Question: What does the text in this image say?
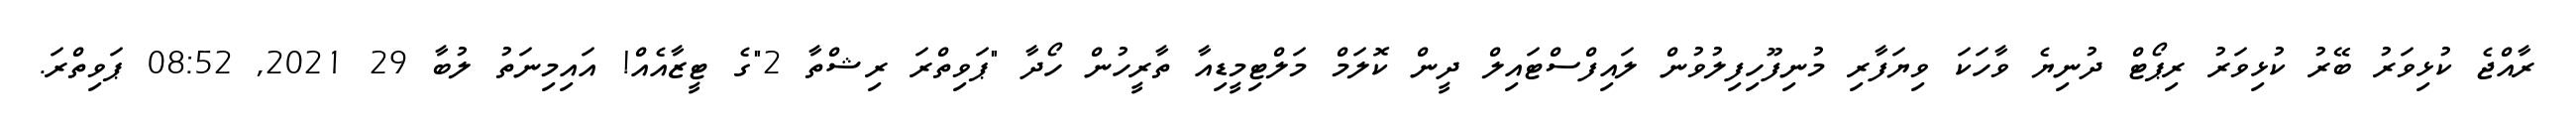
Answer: ރާއްޖެ ކުޅިވަރު ބޭރު ކުޅިވަރު ރިޕޯޓް ދުނިޔެ ވާހަކަ ވިޔަފާރި މުނިފޫހިފިލުވުން ލައިފްސްޓައިލް ދީން ކޮލަމް މަލްޓިމީޑިއާ ތާރީހުން ހޯދާ "ޕަވިތްރަ ރިޝްތާ 2"ގެ ޓީޒާއެއް! އައިމިނަތު ލުބާ 29 2021, 08:52 ޕަވިތްރަ.